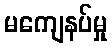
မကျေနပ်မှု